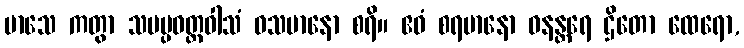
မာသေ ကတွာ သမပ္ပဝတ္တဝါသံ ဝသမာနော စရိ။ ဧဝံ စရမာနော ဝနန္တရေ ဌိတော ထေရော,